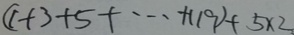
( 1 + 3 + 5 + \cdots + 1 1 9 ) + 5 \times 2